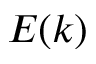
E ( k )